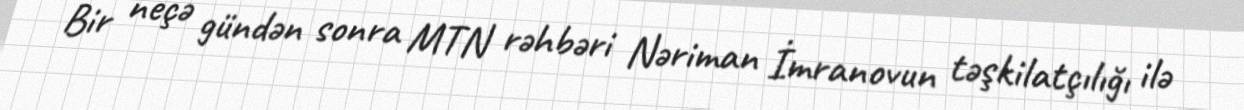
Bir neçə gündən sonra MTN rəhbəri Nəriman İmranovun təşkilatçılığı ilə